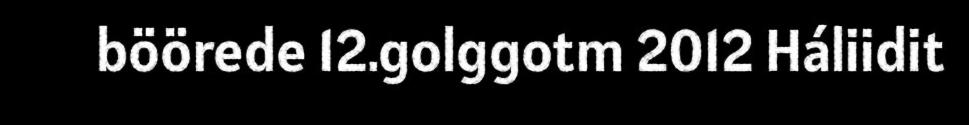
böörede 12.golggotm 2012 Háliidit